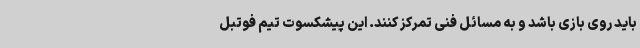
باید روی بازی باشد و به مسائل فنی تمرکز کنند. این پیشکسوت تیم فوتبل